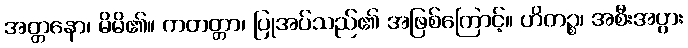
အတ္တနော၊ မိမိ၏။ ကတတ္တာ၊ ပြုအပ်သည်၏ အဖြစ်ကြောင့်။ ဟိတဉ္စ၊ အစီးအပွား